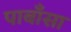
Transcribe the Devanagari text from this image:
पाबाँसा